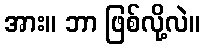
အား။ ဘာ ဖြစ်လို့လဲ။